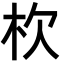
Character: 杴